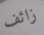
زائف